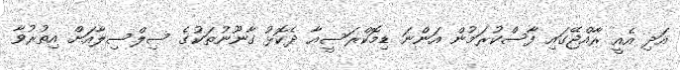
އަދި އެއީ ރާއްޖޭގައި ފާސްކުރަމުން އަންނަ ޑިމޮކްރަސީއާ ދެކޮޅު ގާނޫނުތަކުގެ ސިލްސިލާއަށް އިތުރުވާ